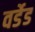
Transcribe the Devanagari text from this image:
वर्डेड